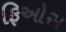
ફિઓસ